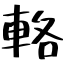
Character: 輅